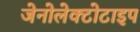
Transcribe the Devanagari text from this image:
जेनोलेक्टोटाइप